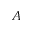
A